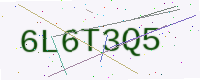
Text: 6L6T3Q5